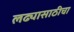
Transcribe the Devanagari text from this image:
लढ्यासाठीचा